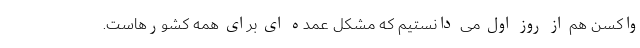
واکسن هم از روز اول می دانستیم که مشکل عمده ای برای همه کشورهاست.